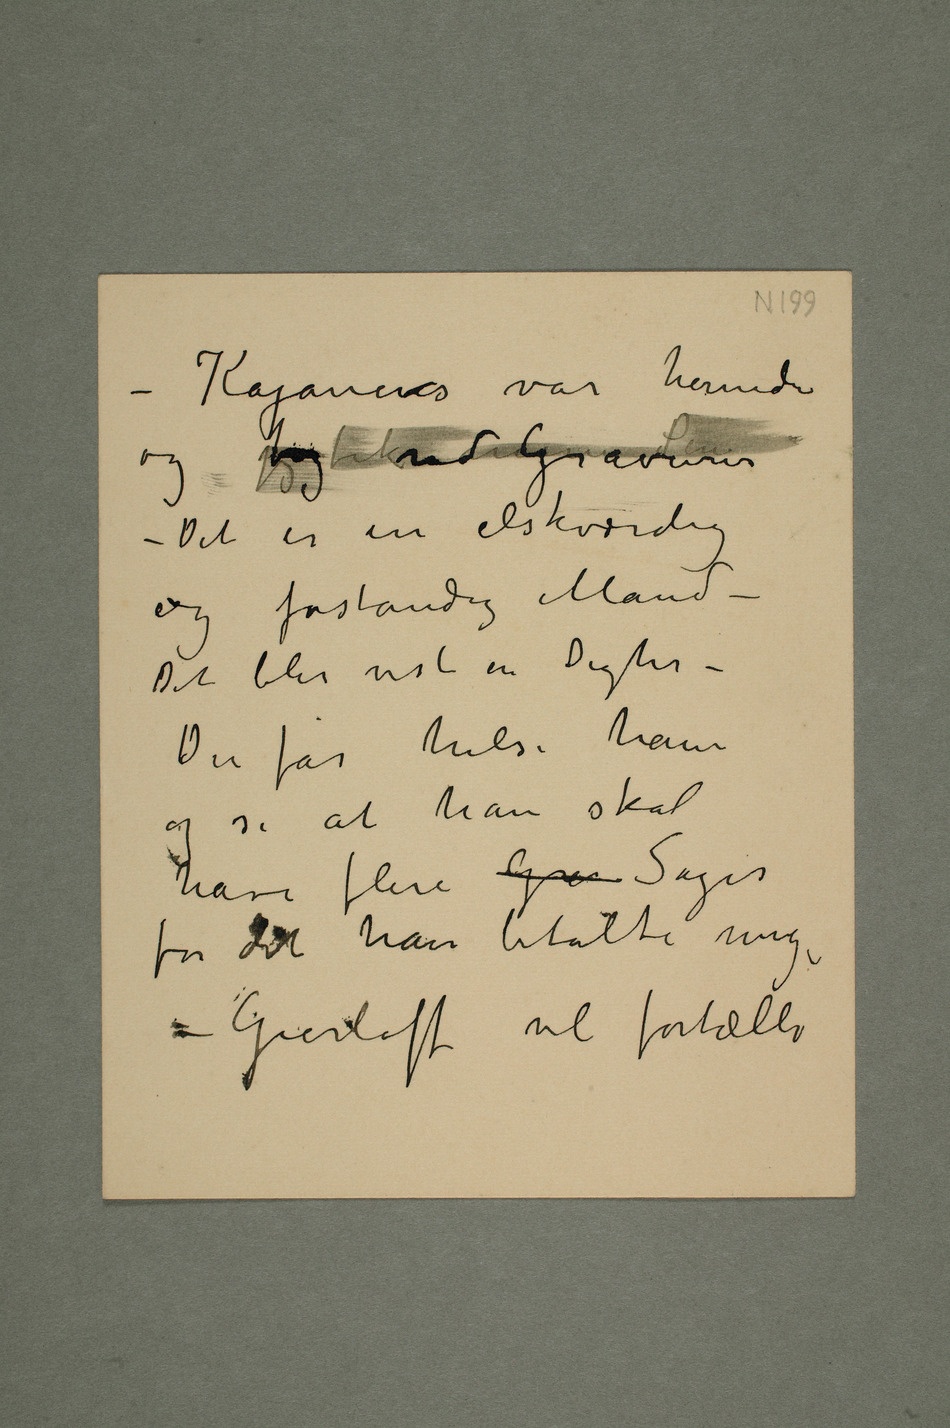
– Kajanus var hernede
– Det er en elskværdig
og forstandig Mand –
Det blir vist en Digter –
Du får hilse ham
og si at han skal
have flere Gra Sager
for det han betalte mig
– Gierløff vil fortælle